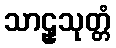
သာဠှသုတ္တံ